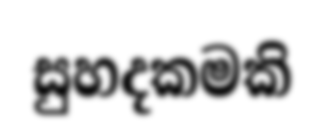
සුහදකමකි